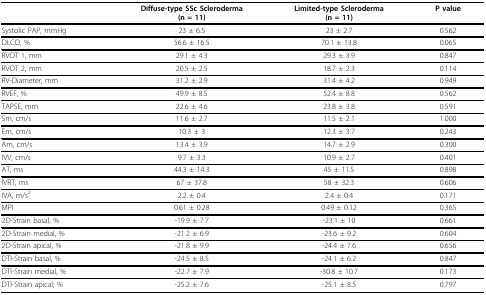
|  | Diffuse-type SSc Scleroderma(n = 11) | Limited-type Scleroderma(n = 11) | P value |
 | --- | --- | --- | --- |
 | Systolic PAP, mmHg | 23 ± 6.5 | 23 ± 2.7 | 0.562 |
 | DLCO, % | 56.6 ± 16.5 | 70.1 ± 13.8 | 0.065 |
 | RVOT 1, mm | 29.1 ± 4.3 | 29.3 ± 3.9 | 0.847 |
 | RVOT 2, mm | 20.5 ± 2.5 | 18.7 ± 2.3 | 0.114 |
 | RV-Diameter, mm | 31.2 ± 2.9 | 31.4 ± 4.2 | 0.949 |
 | RVEF, % | 49.9 ± 8.5 | 52.4 ± 8.8 | 0.562 |
 | TAPSE, mm | 22.6 ± 4.6 | 23.8 ± 3.8 | 0.591 |
 | Sm, cm/s | 11.6 ± 2.7 | 11.5 ± 2.1 | 1.000 |
 | Em, cm/s | 10.3 ± 3 | 12.3 ± 3.7 | 0.243 |
 | Am, cm/s | 13.4 ± 3.9 | 14.7 ± 2.9 | 0.300 |
 | IVV, cm/s | 9.7 ± 3.3 | 10.9 ± 2.7 | 0.401 |
 | AT, ms | 44.3 ± 14.3 | 45 ± 11.5 | 0.898 |
 | IVRT, ms | 67 ± 37.8 | 58 ± 32.3 | 0.606 |
 | IVA, m/s2 | 2.2 ± 0.4 | 2.4 ± 0.4 | 0.171 |
 | MPI | 0.61 ± 0.28 | 0.49 ± 0.12 | 0.365 |
 | 2D-Strain basal, % | -19.9 ± 7.7 | -23.1 ± 10 | 0.661 |
 | 2D-Strain medial, % | -21.2 ± 6.9 | -23.6 ± 9.2 | 0.604 |
 | 2D-Strain apical, % | -21.8 ± 9.9 | -24.4 ± 7.6 | 0.656 |
 | DTI-Strain basal, % | -24.5 ± 8.5 | -24.1 ± 6.2 | 0.847 |
 | DTI-Strain medial, % | -22.7 ± 7.9 | -30.8 ± 10.7 | 0.173 |
 | DTI-Strain apical; % | -25.2 ± 7.6 | -25.1 ± 8.5 | 0.797 |